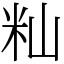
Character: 籼